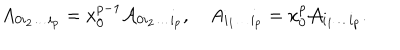
A _ { 0 i _ { 2 } \ldots i _ { p } } = x _ { 0 } ^ { p - 1 } { \cal A } _ { 0 i _ { 2 } \ldots i _ { p } } , \quad A _ { i _ { 1 } \ldots i _ { p } } = x _ { 0 } ^ { p } { \cal A } _ { i _ { 1 } \ldots i _ { p } } .